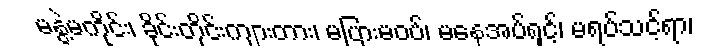
မနွဲ့မကိုင်း၊ ခိုင်းတိုင်းကျားတား၊ မပြားမဝပ်၊ မနေအပ်ရှင့်၊ မရပ်သင့်ရာ၊